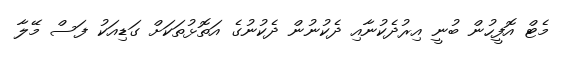
މެޓް އޮފީހުން ބުނީ އިރުދެކުނާއި ދެކުނުން ދެކުނުގެ އަތޮޅުތަކަށް ގަޑިއަކު ފަސް މޭލާ